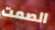
الصمت